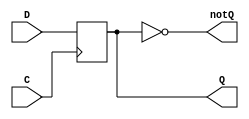
// --------------------------------------------------------------------------
// Basic flip flop
// --------------------------------------------------------------------------
module flip_flop
#(
    parameter Default = 0
)
(
   input D,
   input C,
   output Q,
   output notQ
   );
   reg state;

   assign Q = state;
   assign notQ = ~state;

   always @ (posedge C) begin
      state <= D;
   end

   // Simulation
   initial begin
      state = Default;
   end
endmodule